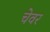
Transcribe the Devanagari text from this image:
चेवर